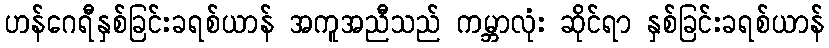
ဟန်ဂေရီနှစ်ခြင်းခရစ်ယာန် အကူအညီသည် ကမ္ဘာလုံး ဆိုင်ရာ နှစ်ခြင်းခရစ်ယာန်